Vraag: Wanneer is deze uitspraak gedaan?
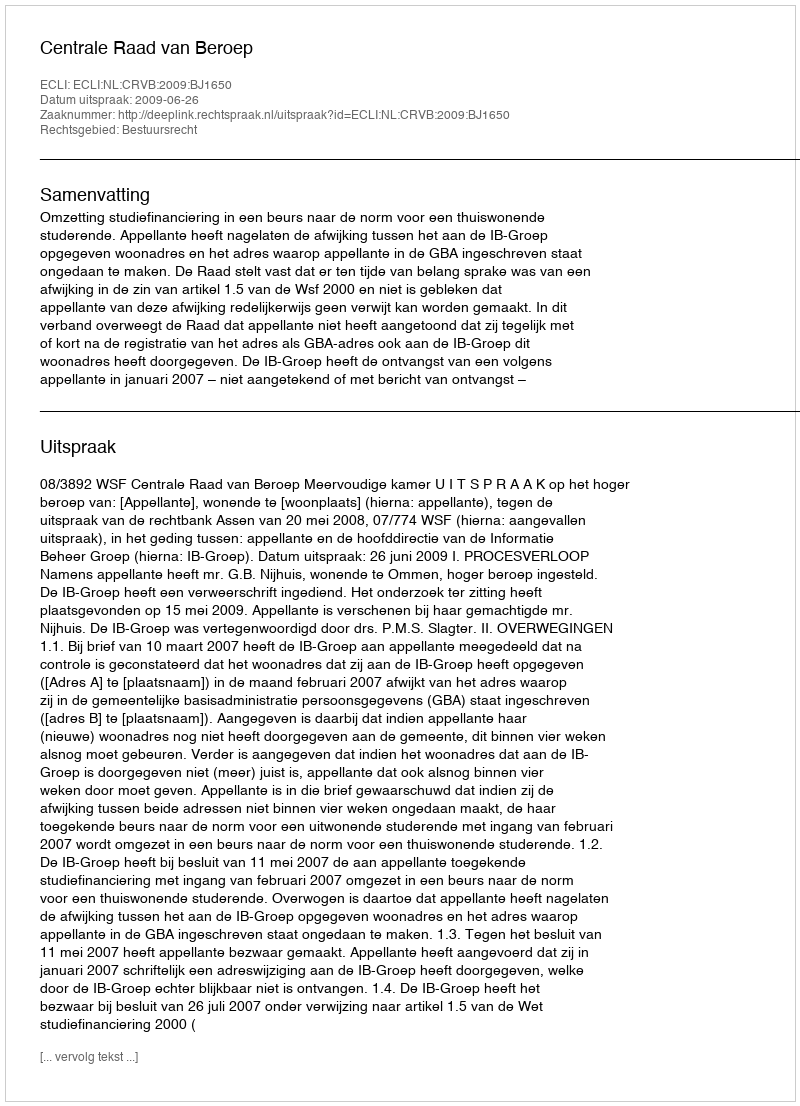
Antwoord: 2009-06-26